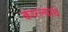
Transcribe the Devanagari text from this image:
कारल्याचे